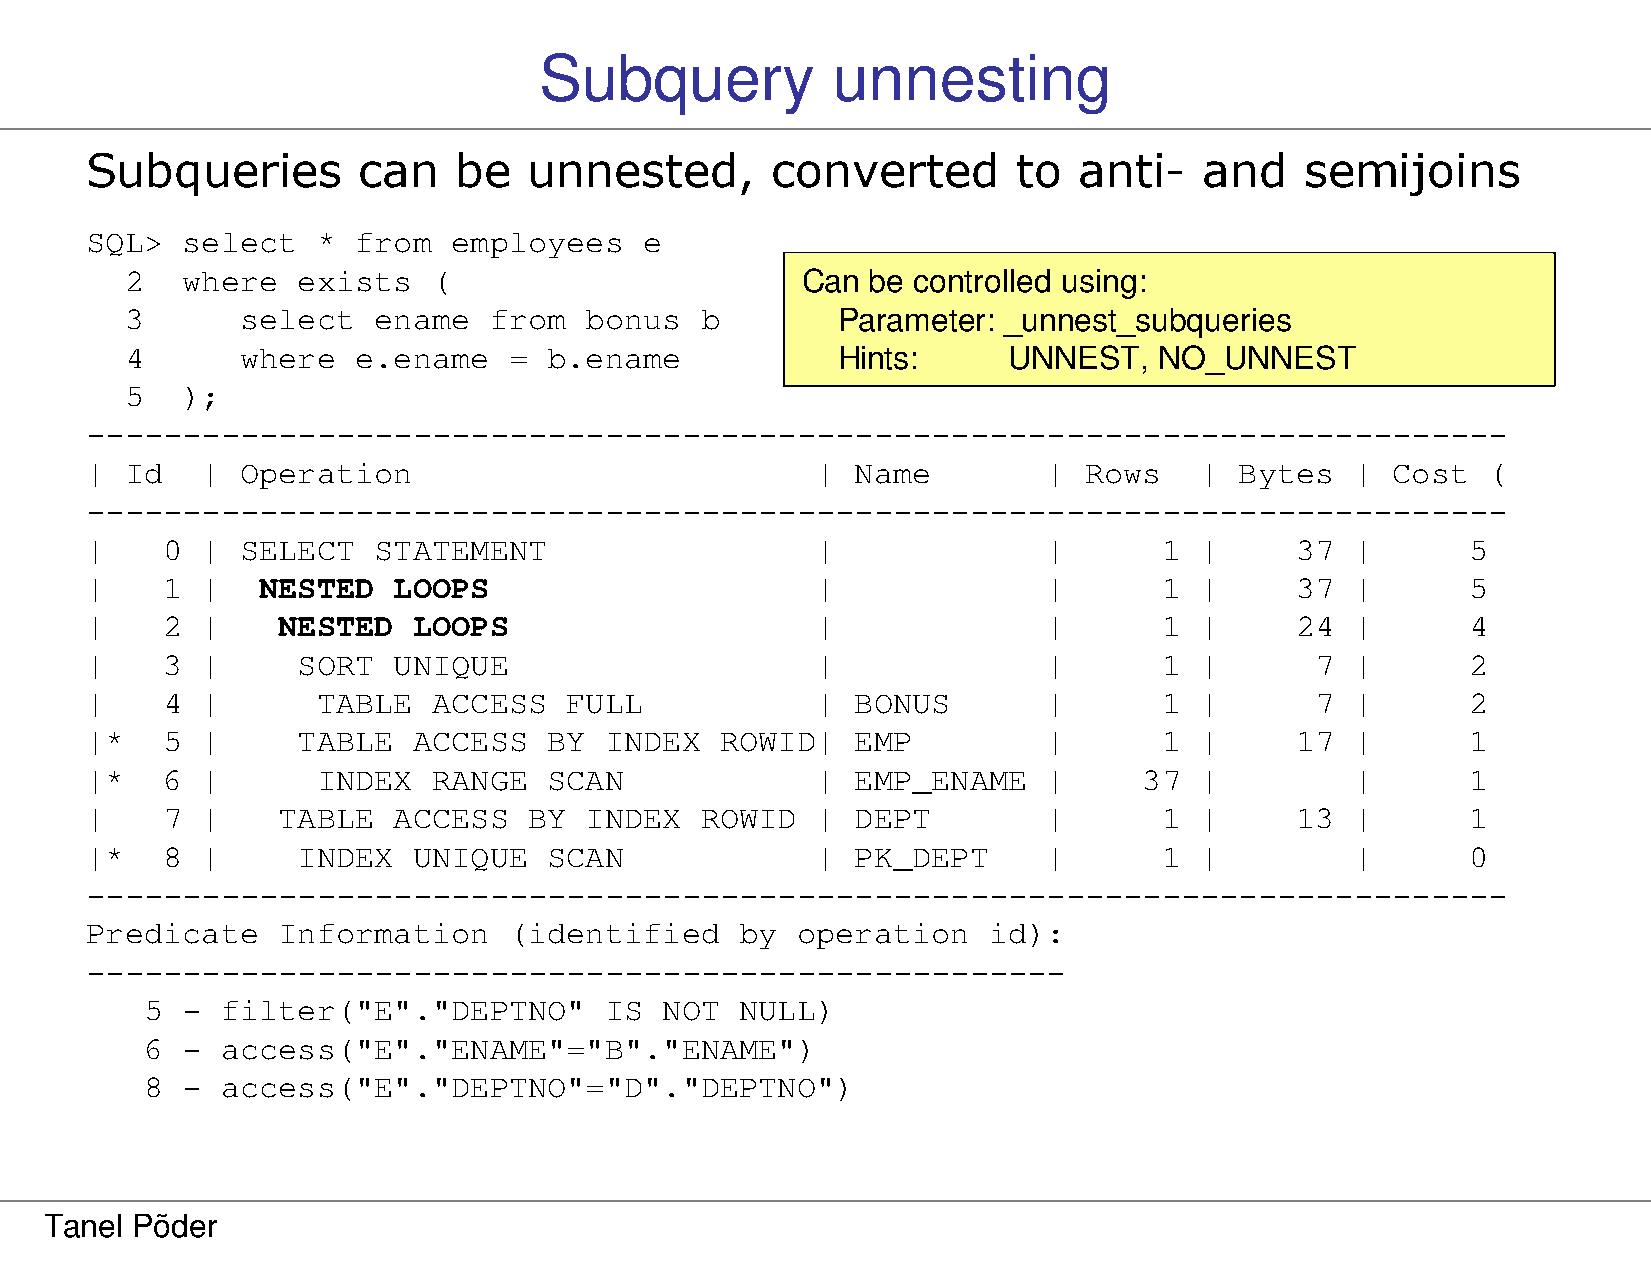
Subquery           unnesting
 Subqueries        can   be   unnested,       converted       to  anti-    and   semijoins
 SQL>  select   * from   employees    e
 2   where   exists   (                       Can  be controlled using:
 3       select   ename  from   bonus  b        Parameter: _unnest_subqueries
 4       where  e.ename    = b.ename            Hints:      UNNEST,   NO_UNNEST
 5   );
 --------------------------------------------------------------------------
 | Id   |  Operation                             |  Name        |  Rows   |  Bytes   | Cost  (
 --------------------------------------------------------------------------
 |    0 |  SELECT   STATEMENT                    |              |       1 |      37  |      5
 |    1 |   NESTED   LOOPS                       |              |       1 |      37  |      5
 |    2 |    NESTED   LOOPS                      |              |       1 |      24  |      4
 |    3 |      SORT  UNIQUE                      |              |       1 |       7  |      2
 |    4 |       TABLE   ACCESS  FULL             |  BONUS       |       1 |       7  |      2
 |*   5 |      TABLE  ACCESS   BY  INDEX   ROWID|   EMP         |       1 |      17  |      1
 |*   6 |       INDEX   RANGE  SCAN              |  EMP_ENAME   |      37 |          |      1
 |    7 |    TABLE   ACCESS   BY  INDEX  ROWID   |  DEPT        |       1 |      13  |      1
 |*   8 |      INDEX  UNIQUE   SCAN              |  PK_DEPT     |       1 |          |      0
 --------------------------------------------------------------------------
 Predicate   Information     (identified    by  operation   id):
 ---------------------------------------------------
 5 -  filter("E"."DEPTNO"      IS  NOT  NULL)
 6 -  access("E"."ENAME"="B"."ENAME")
 8 -  access("E"."DEPTNO"="D"."DEPTNO")
 Tanel Põder